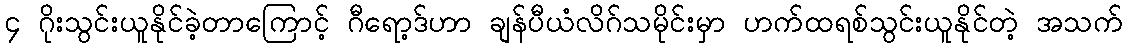
၄ ဂိုးသွင်းယူနိုင်ခဲ့တာကြောင့် ဂီရော့ဒ်ဟာ ချန်ပီယံလိဂ်သမိုင်းမှာ ဟက်ထရစ်သွင်းယူနိုင်တဲ့ အသက်